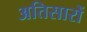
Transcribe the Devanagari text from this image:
अतिसारों